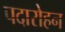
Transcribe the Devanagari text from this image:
पदारोहन